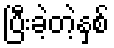
ပြီးခဲ့တဲ့နှစ်